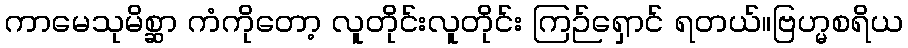
ကာမေသုမိစ္ဆာ ကံကိုတော့ လူတိုင်းလူတိုင်း ကြဉ်ရှောင် ရတယ်။ဗြဟ္မစရိယ